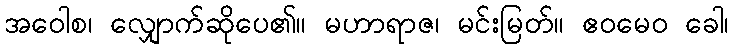
အဝေါစ၊ လျှောက်ဆိုပေ၏။ မဟာရာဇ၊ မင်းမြတ်။ ဧဝမေဝ ခေါ၊